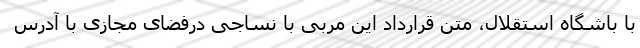
با باشگاه استقلال، متن قرارداد این مربی با نساجی درفضای مجازی با آدرس